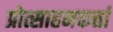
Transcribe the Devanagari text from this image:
प्रोत्साहनकर्त्ता